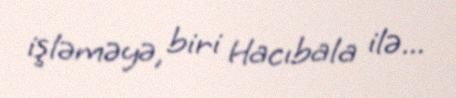
işləməyə, biri Hacıbala ilə...